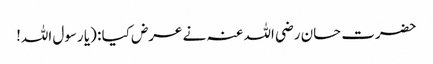
حضرت حسان رضی اللہ عنہ نے عرض کیا : (یا رسول اللہ!